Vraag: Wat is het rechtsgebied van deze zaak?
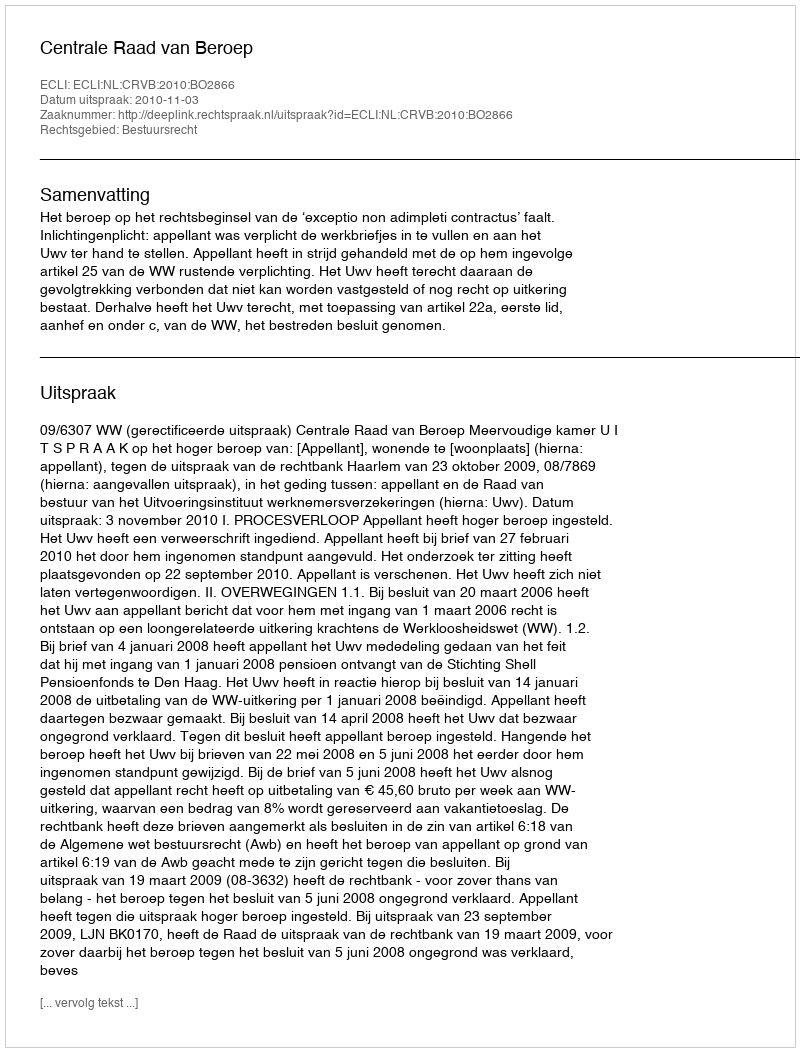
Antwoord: Bestuursrecht